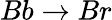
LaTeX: Bb\rightarrow Br